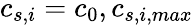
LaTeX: c_{s,i}=c_{0},c_{s,i,max}